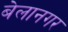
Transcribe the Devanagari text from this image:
बेलानगर